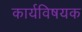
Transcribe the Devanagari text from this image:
कार्यविषयक